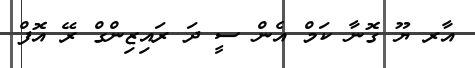
އާރ ޔޫ ގޮނާ ކަމް އެން ސީ ދަ ރައިޒިންގް ރޭ އޮފް